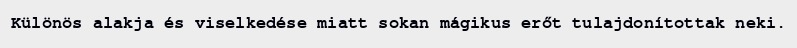
Különös alakja és viselkedése miatt sokan mágikus erőt tulajdonítottak neki.